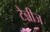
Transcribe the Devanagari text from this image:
टेन्नीज